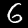
Label: 6